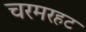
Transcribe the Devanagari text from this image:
चरमरहट